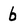
Character: 6